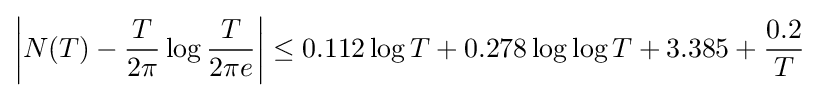
\left|N(T)-{\frac {T}{2\pi }}\log {\frac {T}{2\pi e}}\right|\leq 0.112\log T+0.278\log \log T+3.385+{\frac {0.2}{T}}